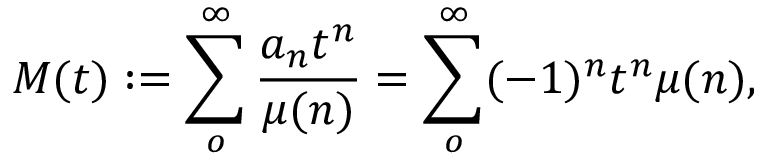
M ( t ) : = \sum _ { o } ^ { \infty } \frac { a _ { n } t ^ { n } } { \mu ( n ) } = \sum _ { o } ^ { \infty } ( - 1 ) ^ { n } t ^ { n } \mu ( n ) ,